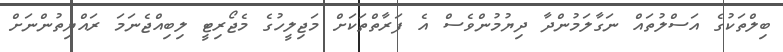
ބިލްތަކުގެ އަސްލުތައް ނަގާލަމުންދާ ދިޔުމުންވެސް އެ ފަރާތްތަކަށް މަޖިލީހުގެ މެޖޯރިޓީ ލިބިއްޖެނަމަ ރައްޔިތުންނަށް